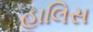
હાલિસ